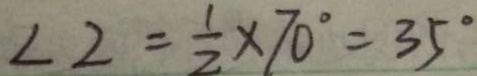
\angle 2 = \frac { 1 } { 2 } \times 7 0 ^ { \circ } = 3 5 ^ { \circ }